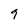
Character: 9